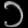
Digit: ၁